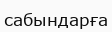
сабындарға